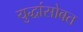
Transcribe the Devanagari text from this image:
युद्धांसोबत